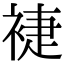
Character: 𧚨